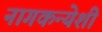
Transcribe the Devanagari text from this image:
नागकन्येशी